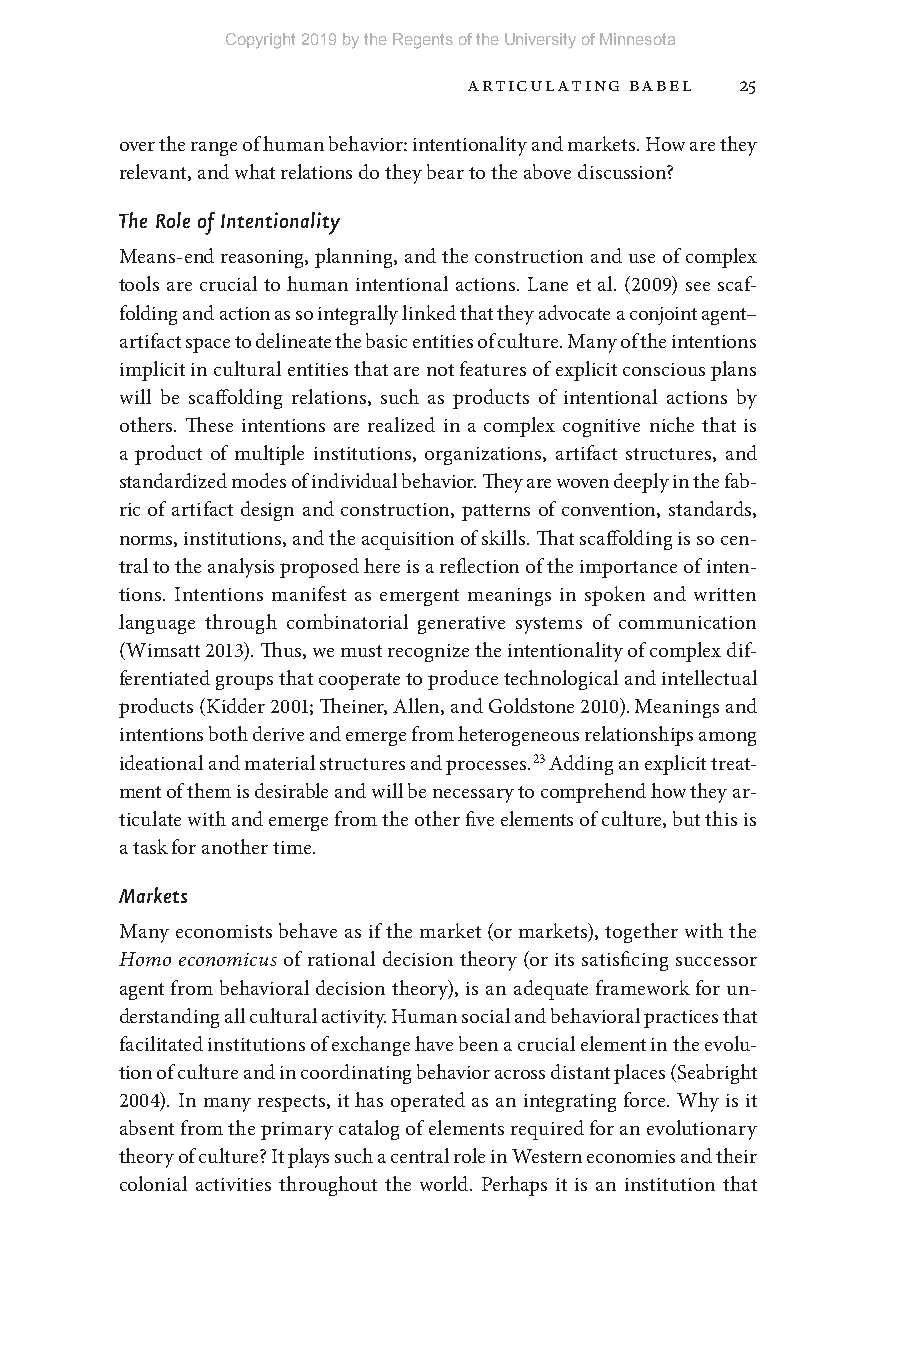
Copyright 2019 by the Regents of the University of Minnesota
 Articulating Babel 25
 over the range of human behavior: intentionality and markets. How are they
 relevant, and what relations do they bear to the above discussion?
 The Role of Intentionality
 Means- end reasoning, planning, and the construction and use of complex
 tools are crucial to human intentional actions. Lane et al. (2009) see scaf-
 folding and action as so integrally linked that they advocate a conjoint agent–
 artifact space to delineate the basic entities of culture. Many of the intentions
 implicit in cultural entities that are not features of explicit conscious plans
 will be scaffolding relations, such as products of intentional actions by
 others. These intentions are realized in a complex cognitive niche that is
 a product of multiple institutions, organizations, artifact structures, and
 standardized modes of individual behavior. They are woven deeply in the fab-
 ric of artifact design and construction, patterns of convention, standards,
 norms, institutions, and the acquisition of skills. That scaffolding is so cen-
 tral to the analysis proposed here is a reflection of the importance of inten-
 tions. Intentions manifest as emergent meanings in spoken and written
 language through combinatorial generative systems of communication
 (Wimsatt 2013). Thus, we must recognize the intentionality of complex dif-
 ferentiated groups that cooperate to produce technological and intellectual
 products (Kidder 2001; Theiner, Allen, and Goldstone 2010). Meanings and
 intentions both derive and emerge from heterogeneous relationships among
 ideational and material structures and processes.23 Adding an explicit treat-
 ment of them is desirable and will be necessary to comprehend how they ar-
 ticulate with and emerge from the other five elements of culture, but this is
 a task for another time.
 Markets
 Many economists behave as if the market (or markets), together with the
 Homo economicus of rational decision theory (or its satisficing successor
 agent from behavioral decision theory), is an adequate framework for un-
 derstanding all cultural activity. Human social and behavioral practices that
 facilitated institutions of exchange have been a crucial element in the evolu-
 tion of culture and in coordinating behavior across distant places (Seabright
 2004). In many respects, it has operated as an integrating force. Why is it
 absent from the primary catalog of elements required for an evolutionary
 theory of culture? It plays such a central role in Western economies and their
 colonial activities throughout the world. Perhaps it is an institution that